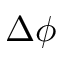
\Delta \phi